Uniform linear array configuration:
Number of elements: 48
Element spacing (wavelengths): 0.75
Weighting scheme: blackman
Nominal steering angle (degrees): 30
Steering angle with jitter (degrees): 28.677
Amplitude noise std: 0.05
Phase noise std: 0.05

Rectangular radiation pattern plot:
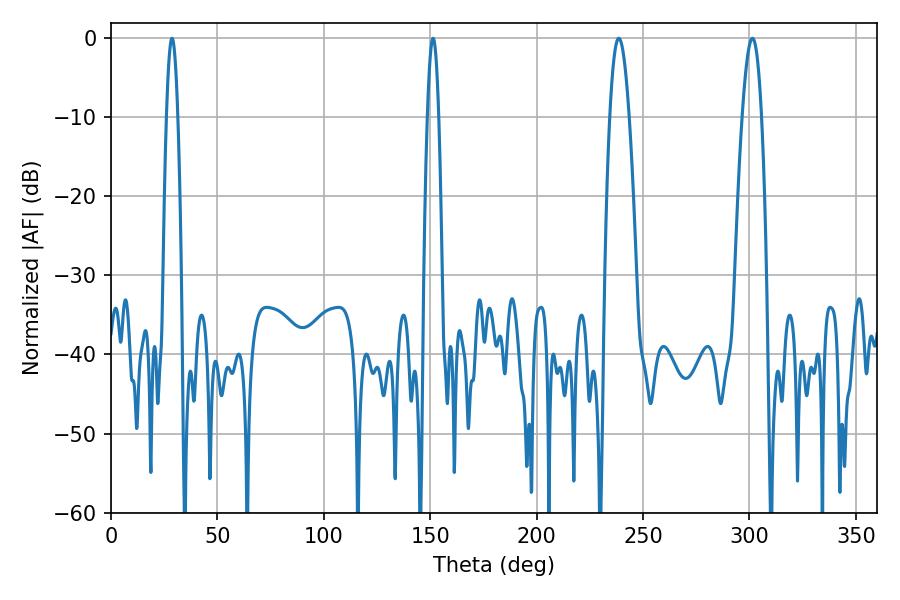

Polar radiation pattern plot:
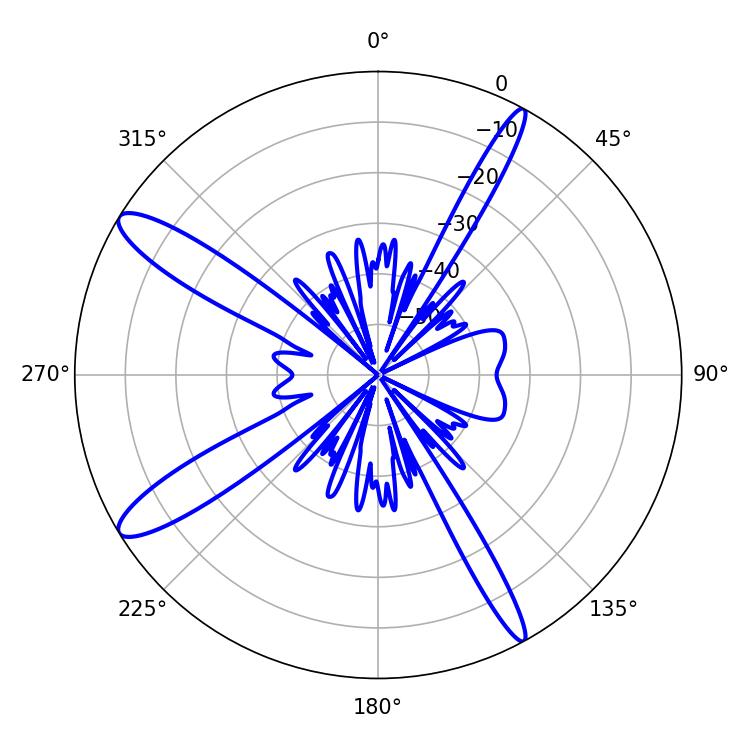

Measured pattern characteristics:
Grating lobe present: TRUE
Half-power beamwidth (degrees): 5.04
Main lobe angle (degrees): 301.32